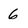
Character: 6